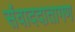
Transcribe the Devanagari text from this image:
संवाददातागण